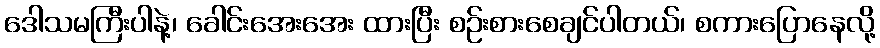
ဒေါသမကြီးပါနဲ့၊ ခေါင်းအေးအေး ထားပြီး စဉ်းစားစေချင်ပါတယ်၊ စကားပြောနေလို့